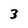
Character: 3